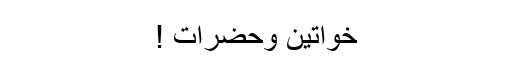
خواتین وحضرات !